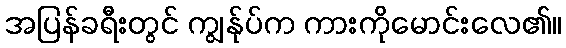
အပြန်ခရီးတွင် ကျွန်ုပ်က ကားကိုမောင်းလေ၏။